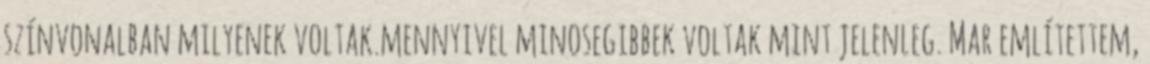
szí­nvonalban milyenek voltak.mennyivel minosegibbek voltak mint jelenleg. Mar emlí­tettem,